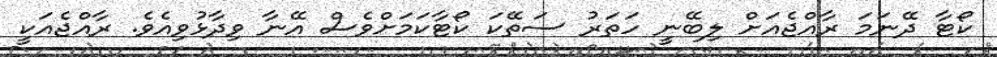
ކޯޓާ ދޭނަމަ ރާއްޖެއަށް ލިބޭނީ ހަތަރު ސަތޭކަ ކޯޓާކަމަށްވެސް އޭނާ ވިދާޅުވިއެވެ. ރާއްޖެއަކީ